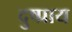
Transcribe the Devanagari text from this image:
दुष्प्राय